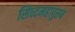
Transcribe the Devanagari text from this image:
सिध्दमहापुरुष